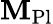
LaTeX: \mathbf{M}_{\mathrm{{Pl}}}